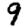
Digit: 9